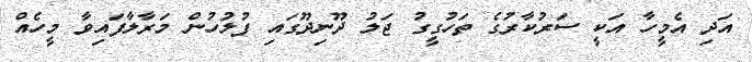
އަދި އެމީހާ އަކީ ސަރުކާރުގެ ތަހުގީގު ޖަލު ދޫނިދޫގައި ފުލުހުން މަރާލާފައިވާ މީހެއް